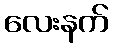
လေးနက်